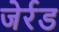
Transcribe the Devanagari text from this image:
जेर्रड